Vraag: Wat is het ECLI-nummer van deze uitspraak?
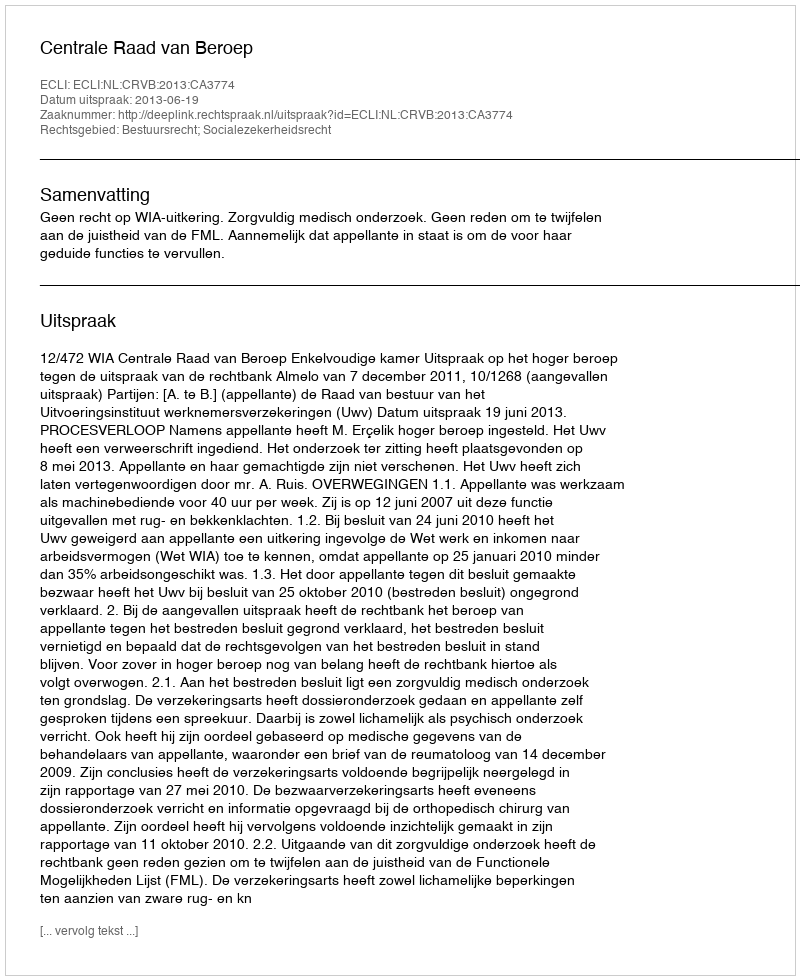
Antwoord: ECLI:NL:CRVB:2013:CA3774